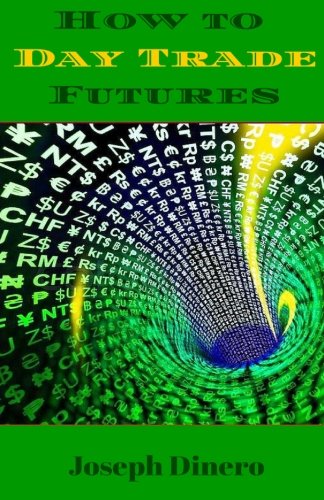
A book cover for How to Day Trade Futures; Joseph Dinero; Business & Money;